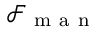
\mathcal { F } _ { \mathrm { ~ m ~ a ~ n ~ } }